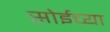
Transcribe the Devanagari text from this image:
सोईच्या